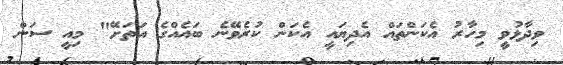
ވިދާޅުވީ މިހާރު އެކަންތައް އެދިޔައީ އެކަން ކުރެވޭނެ ބައެއްގެ އަތަށޭ" މިއީ ސަން